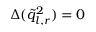
\Delta ( \tilde { q } _ { l , r } ^ { 2 } ) = 0